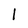
Character: l